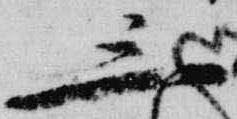
三